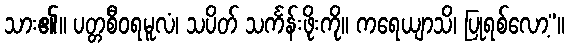
သား၏။ ပတ္တစီဝရမူလံ၊ သပိတ် သင်္ကန်းဖိုးကို။ ကရေယျာသိ၊ ပြုရစ်လော့”။